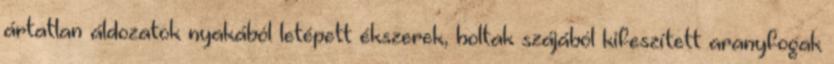
ártatlan áldozatok nyakából letépett ékszerek, holtak szájából kifeszített aranyfogak